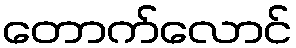
တောက်လောင်